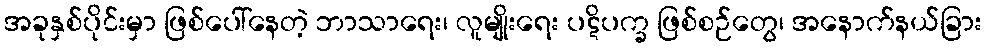
အခုနှစ်ပိုင်းမှာ ဖြစ်ပေါ်နေတဲ့ ဘာသာရေး၊ လူမျိုးရေး ပဋိပက္ခ ဖြစ်စဉ်တွေ၊ အနောက်နယ်ခြား